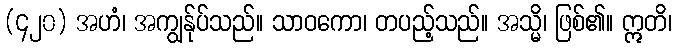
(၄၂၀) အဟံ၊ အကျွန်ုပ်သည်။ သာဝကော၊ တပည့်သည်။ အသ္မိ၊ ဖြစ်၏။ ဣတိ၊